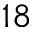
^ { 1 8 }